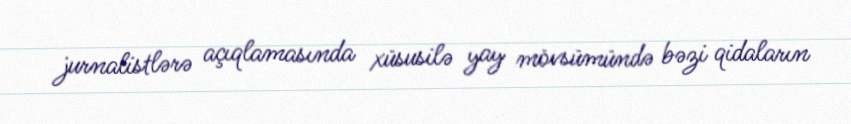
jurnalistlərə açıqlamasında xüsusilə yay mövsümündə bəzi qidaların